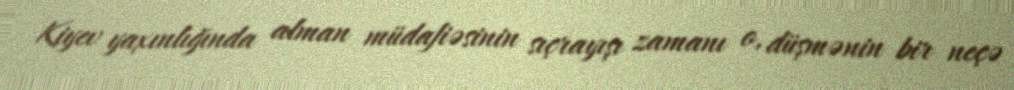
Kiyev yaxınlığında alman müdafiəsinin sıçrayışı zamanı o, düşmənin bir neçə